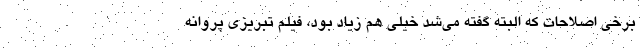
برخی اصلاحات که البته گفته می‌شد خیلی هم زیاد بود، فیلم تبریزی پروانه